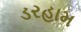
ડરહામ